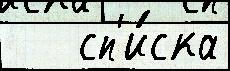
   сп'и́ска